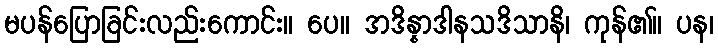
မပန်ပြောခြင်းလည်းကောင်း။ ပေ။ အဒိန္နာဒါနသဒိသာနိ၊ ကုန်၏။ ပန၊